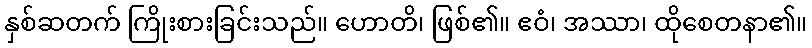
နှစ်ဆတက် ကြိုးစားခြင်းသည်။ ဟောတိ၊ ဖြစ်၏။ ဧဝံ၊ အဿာ၊ ထိုစေတနာ၏။